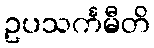
ဥပသင်္ကမီတိ